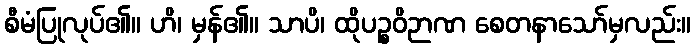
စီမံပြုလုပ်၏။ ဟိ၊ မှန်၏။ သာပိ၊ ထိုပဉ္စဝိဉာဏ စေတနာသော်မှလည်း။